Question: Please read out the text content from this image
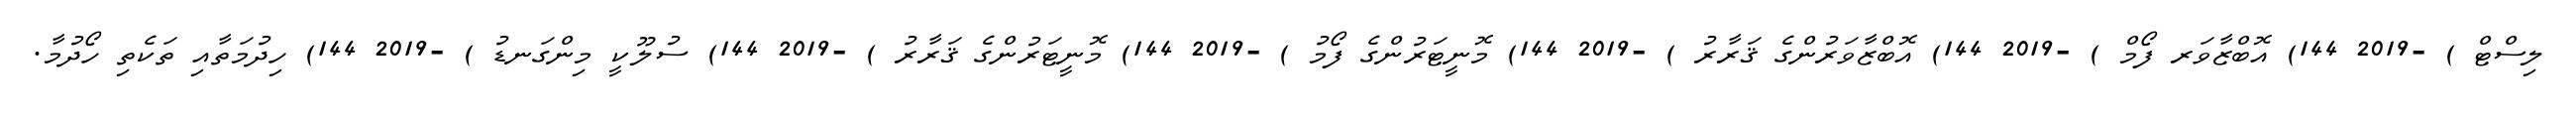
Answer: ލިސްޓް ) -2019 144) އޮބްޒާވަރ ފޯމް ) -2019 144) އޮބްޒާވަރުންގެ ޤަރާރު ) -2019 144) މޮނީޓަރުންގެ ފޯމު ) -2019 144) މޮނީޓަރުންގެ ޤަރާރު ) -2019 144) ސުލޫކީ މިންގަނޑު ) -2019 144) ހިދުމަތާއި ތަކެތި ހޯދުމާ.